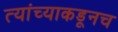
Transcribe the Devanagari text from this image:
त्‍यांच्याकडूनच